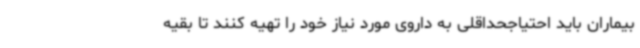
بیماران باید احتیاجحداقلی به داروی مورد نیاز خود را تهیه کنند تا بقیه